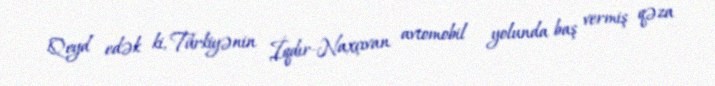
Qeyd edək ki, Türkiyənin İqdır-Naxçıvan avtomobil yolunda baş vermiş qəza